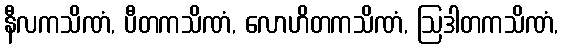
နီလကသိဏံ, ပီတကသိဏံ, လောဟိတကသိဏံ, ဩဒါတကသိဏံ,